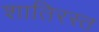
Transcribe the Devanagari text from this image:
शातिरस्त